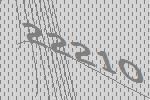
22210